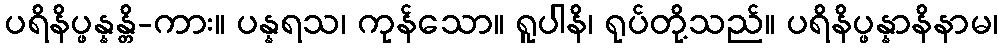
ပရိနိပ္ဖန္နန္တိ-ကား။ ပန္နရသ၊ ကုန်သော။ ရူပါနိ၊ ရုပ်တို့သည်။ ပရိနိပ္ဖန္နာနိနာမ၊